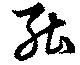
能